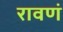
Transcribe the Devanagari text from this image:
रावणं